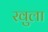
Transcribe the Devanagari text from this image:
रवुला